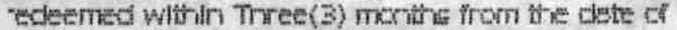
"EDEEMED WITHIN THREE(3) MONTHS FROM THE DATE OF